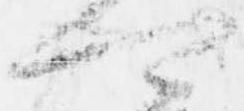
可